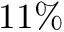
1 1 \%